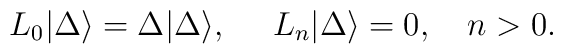
L_0 |\Delta \rangle= \Delta | \Delta \rangle, \,\,\,\,\,\,\,\,L_n |\Delta \rangle =0, \,\,\,\,\,\,n>0.